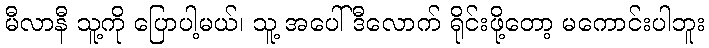
မီလာနီ သူ့ကို ပြောပါ့မယ်၊ သူ့ အပေါ် ဒီလောက် ရိုင်းဖို့တော့ မကောင်းပါဘူး